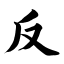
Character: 反